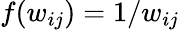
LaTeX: f(w_{ij})=1/w_{ij}